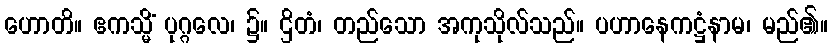
ဟောတိ။ ဧကသ္မိံ ပုဂ္ဂလေ၊ ၌။ ဌိတံ၊ တည်သော အကုသိုလ်သည်။ ပဟာနေကဋ္ဌံနာမ၊ မည်၏။